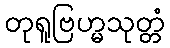
တုရူဗြဟ္မသုတ္တံ